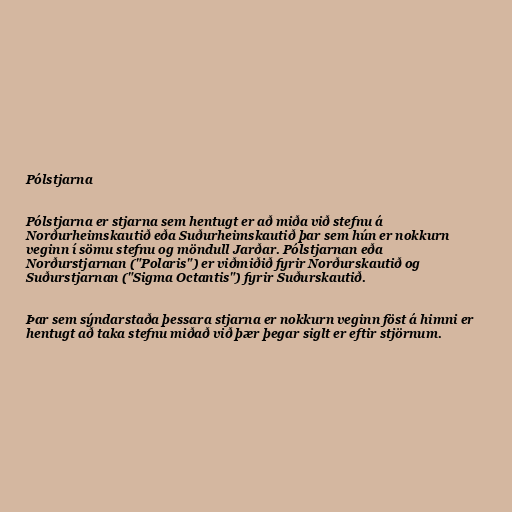
Pólstjarna

Pólstjarna er stjarna sem hentugt er að miða við stefnu á
Norðurheimskautið eða Suðurheimskautið þar sem hún er nokkurn
veginn í sömu stefnu og möndull Jarðar. Pólstjarnan eða
Norðurstjarnan ("Polaris") er viðmiðið fyrir Norðurskautið og
Suðurstjarnan ("Sigma Octantis") fyrir Suðurskautið.

Þar sem sýndarstaða þessara stjarna er nokkurn veginn föst á himni er
hentugt að taka stefnu miðað við þær þegar siglt er eftir stjörnum.